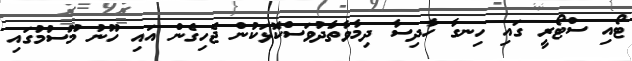
ޓޯއި ސްޓޯރީ ގައި ހިނގާ ހާދިސާ ދިމާވާތަާދުވަސްކޮޅަކުން ޖެހިގެން އައި ހޫނު މޫސުމުގައި